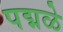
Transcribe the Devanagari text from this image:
पद्मळे